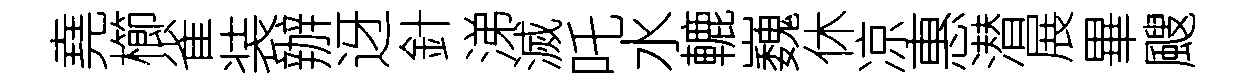
堯櫛雀装辦迓針涕滅吒水轆巍休凉惠潜展畢颼